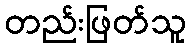
တည်းဖြတ်သူ